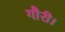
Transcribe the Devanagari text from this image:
गौरी।